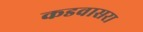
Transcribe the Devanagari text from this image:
कडवासरा